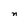
Character: n